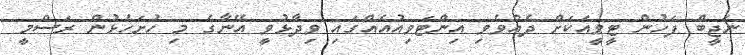
ނަޖީބް ފަހުން ޓީވީއަކަށް ދެއްވެވި އިންޓަވިއުއެއްގައި ވިދާޅުވީ އޭނާގެ މި ހުށަހެޅުން ރަސްމީ